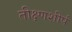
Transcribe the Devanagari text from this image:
तीक्ष्णशीर्ष